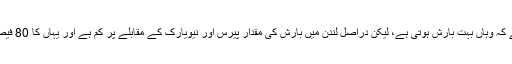
عام طور پر سمجھا جاتا ہے کہ وہاں بہت بارش ہوتی ہے، لیکن دراصل لندن میں بارش کی مقدار پیرس اور نیویارک کے مقابلے پر کم ہے اور یہاں کا 80 فیصد پانی دریاؤں سے آتا ہے۔